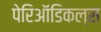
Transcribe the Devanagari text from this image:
पेरिऑडिकल्स